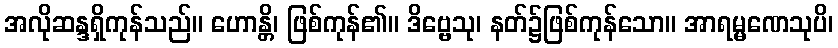
အလိုဆန္ဒရှိကုန်သည်။ ဟောန္တိ၊ ဖြစ်ကုန်၏။ ဒိဗ္ဗေသု၊ နတ်၌ဖြစ်ကုန်သော။ အာရမ္မဏေသုပိ၊